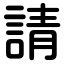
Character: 請